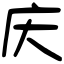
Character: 庆